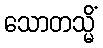
သောတသ္မိံ